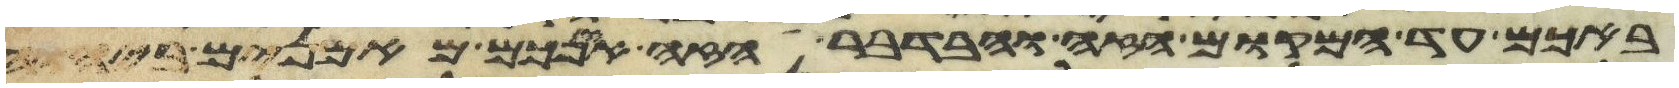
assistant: באכם עד המקום הזה ובדבר הזה אינכם מאמנים ביהוה